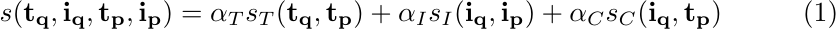
\begin{equation}
    s(\mathbf{t_q},\mathbf{i_q}, \mathbf{t_p},\mathbf{i_p}) = \alpha_T s_T(\mathbf{t_q}, \mathbf{t_p}) + \alpha_I s_I(\mathbf{i_q}, \mathbf{i_p}) + \alpha_C s_C(\mathbf{i_q}, \mathbf{t_p})
    \label{eq:jcm}
\end{equation}